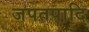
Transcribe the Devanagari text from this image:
जपतपादि